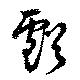
虧